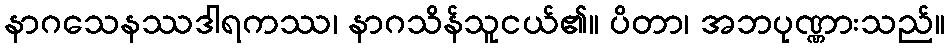
နာဂသေနဿဒါရကဿ၊ နာဂသိန်သူငယ်၏။ ပိတာ၊ အဘပုဏ္ဏားသည်။